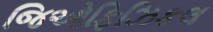
જિઓફિઝિકલ